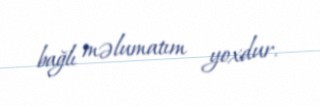
bağlı məlumatım yoxdur.